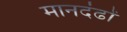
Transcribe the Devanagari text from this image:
मानदंढों